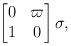
\begin{align*} \begin{bmatrix} 0 & \varpi\\ 1 & 0 \end{bmatrix} \sigma,\end{align*}